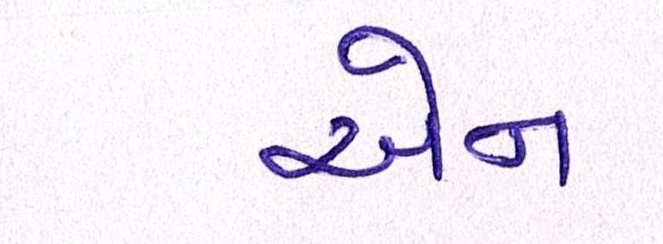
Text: એન